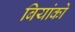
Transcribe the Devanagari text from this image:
बियांको